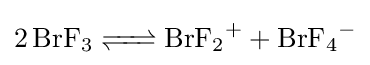
{\ce {2 BrF3 <=> BrF2+ + BrF4-}}